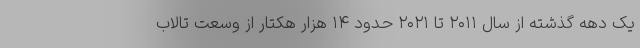
یک دهه گذشته از سال ۲۰۱۱ تا ۲۰۲۱ حدود ۱۴ هزار هکتار از وسعت تالاب